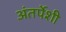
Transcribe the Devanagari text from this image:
अंतर्पेशी